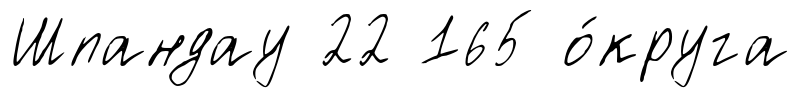
Шпандау 22 165 о́круга